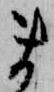
ま